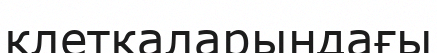
клеткаларындағы